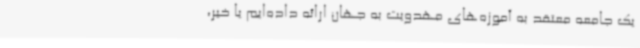
یک جامعه معتقد به آموزه‌های مهدویت به جهان ارائه داده‌ایم یا خیر،